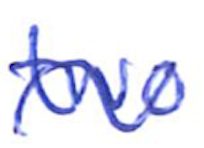
Text: two
Cross-out: wave
Writing tool: ballpoint